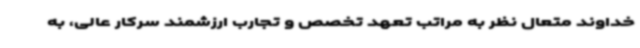
خداوند متعال نظر به مراتب تعهد تخصص و تجارب ارزشمند سرکار عالی، به